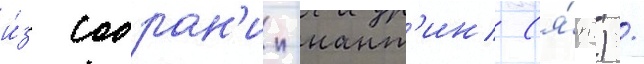
и́з собран'ии-нант'ин (я́п.) /